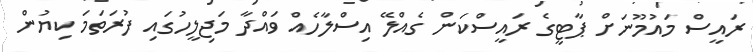
ރައީސް މައުމޫނަށް ޕާޓީގެ ރައީސްކަން ގެއްލޭ އިސްލާހެއް ވައްދާ މަޖިލީހުގައި ފުރަތަމަ ކިޔުން